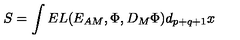
S = \int E L ( { E _ { A M } } , \Phi , { D _ { M } \Phi } ) d _ { p + q + 1 } x